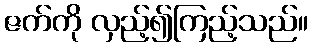
ဇက်ကို လှည့်၍ကြည့်သည်။